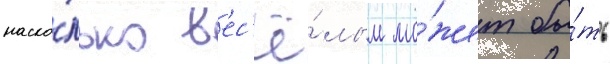
наско́лько в'ес'ё́лым мо́жет бы́ть